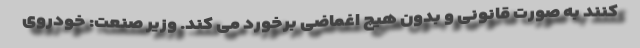
کنند به صورت قانونی و بدون هیچ اغماضی برخورد می کند. وزیر صنعت: خودروی